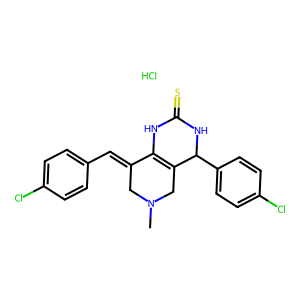
SMILES: CN1CC(=Cc2ccc(Cl)cc2)C2=C(C1)C(c1ccc(Cl)cc1)NC(=S)N2.Cl
Inhibits HIV replication: No